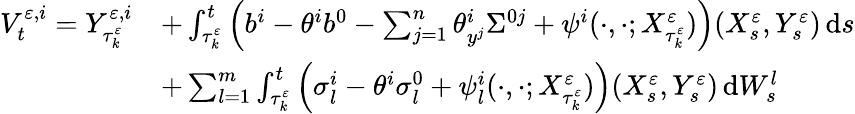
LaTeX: \begin{array}{rl}{V_{t}^{\varepsilon,i}=Y_{\tau_{k}^{\varepsilon}}^{\varepsilon,i}}&{+\int_{\tau_{k}^{\varepsilon}}^{t}\Big(b^{i}-\theta^{i}b^{0}-\sum_{j=1}^{n}\theta_{y^{j}}^{i}\Sigma^{0j}+\psi^{i}(\cdot,\cdot;X_{\tau_{k}^{\varepsilon}}^{\varepsilon})\Big)(X_{s}^{\varepsilon},Y_{s}^{\varepsilon})\, \mathrm{d}s}\\ &{+\sum_{l=1}^{m}\int_{\tau_{k}^{\varepsilon}}^{t}\Big(\sigma_{l}^{i}-\theta^{i}\sigma_{l}^{0}+\psi_{l}^{i}(\cdot,\cdot;X_{\tau_{k}^{\varepsilon}}^{\varepsilon})\Big)(X_{s}^{\varepsilon},Y_{s}^{\varepsilon})\, \mathrm{d}W_{s}^{l}}\end{array}